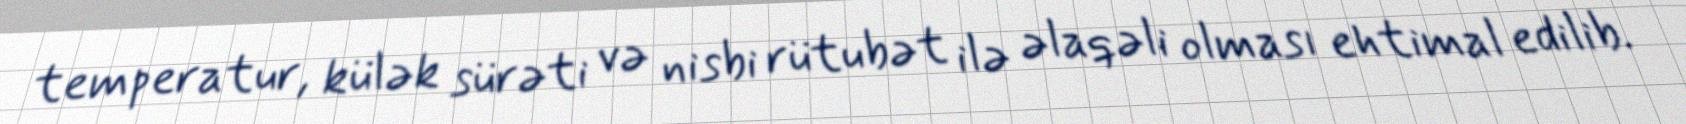
temperatur, külək sürəti və nisbi rütubət ilə əlaqəli olması ehtimal edilib.